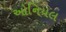
ઓનિયલ